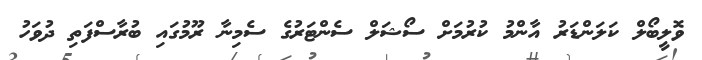
ވޮލީބޯލް ކަލަންޑަރު އާންމު ކުރުމަށް ސޯޝަލް ސެންޓަރުގެ ސެމިނާ ރޫމުގައި ބުރާސްފަތި ދުވަހު